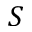
S